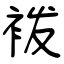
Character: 袯